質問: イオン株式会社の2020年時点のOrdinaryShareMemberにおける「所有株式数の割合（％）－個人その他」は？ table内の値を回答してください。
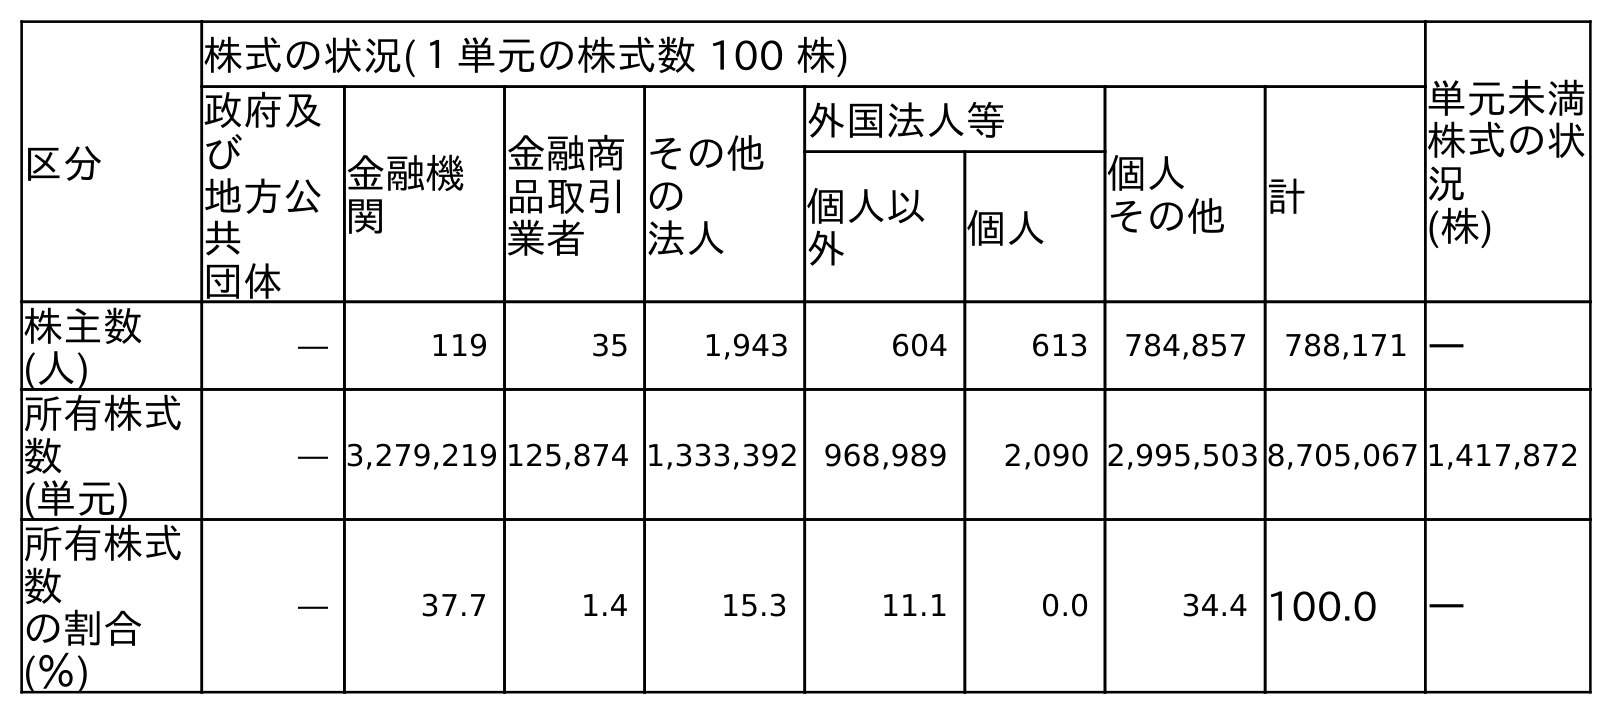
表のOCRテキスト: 区分 株式の状況(１単元の株式数 100 株) 単元未満 株式の状 況 (株) 政府及 び 地方公 共 団体 金融機 関 金融商 品取引 業者 その他 の 法人 外国法人等 個人 その他 計 個人以 外 個人 株主数 (人) ― 119 35 1,943 604 613 784,857 788,171 ― 所有株式 数 (単元) ― 3,279,219 125,874 1,333,392 968,989 2,090 2,995,503 8,705,067 1,417,872 所有株式 数 の割合 (％) ― 37.7 1.4 15.3 11.1 0.0 34.4 100.0 ―
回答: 34.4